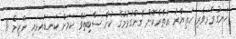
ހަނގުރާމަވެރި ހަތިޔާރު އެތެރެކޮށް ގެންގުޅުމުގެ ކުށް ސާބިތުވާ ކަމަށް ކަނޑައަޅައި ނާޒިމް 11